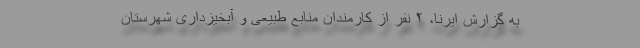
به گزارش ایرنا، ۲ نفر از کارمندان منابع طبیعی و آبخیزداری شهرستان